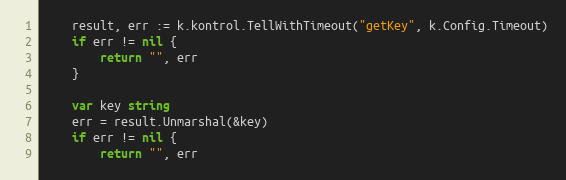
Language: Go
	result, err := k.kontrol.TellWithTimeout("getKey", k.Config.Timeout)
	if err != nil {
		return "", err
	}

	var key string
	err = result.Unmarshal(&key)
	if err != nil {
		return "", err